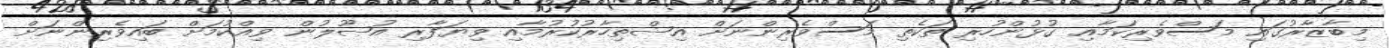
މިބާޒާރުގައި މަސްވެރިކަމާއި ގުޅުންހުރި ތަކެތި މަސްވެރިންނަށް އިޝްތިހާރުކުރުމާއި ވިޔަފާރި އުޞޫލުން ވިއްކުމަށް ބައިވެރިންނަށް